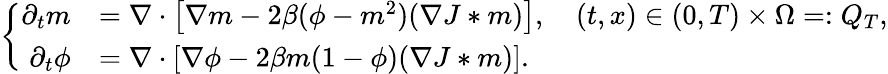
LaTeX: \left\lbrace\begin{array}{rl}{\partial_{t}m}&{=\nabla\cdot\left[\nabla m-2\beta(\phi-m^{2})(\nabla J*m)\right],\quad(t,x)\in(0,T)\times\Omega=:Q_{T},}\\ {\partial_{t}\phi}&{=\nabla\cdot\left[\nabla\phi-2\beta m(1-\phi)(\nabla J*m)\right].}\end{array}\right.